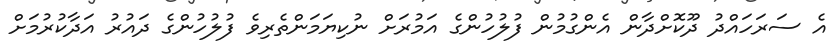
އެ ސަރަހައްދު ދޫކޮށްދާން އެންގުމުން ފުލުހުންގެ އަމުރަށް ނުކިޔަމަންތެރިވެ ފުލުހުންގެ ދައުރު އަދާކުރުމަށް